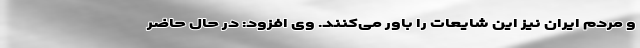
و مردم ایران نیز این شایعات را باور می‌کنند. وی افزود: در حال حاضر